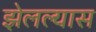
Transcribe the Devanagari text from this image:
झेलल्यास